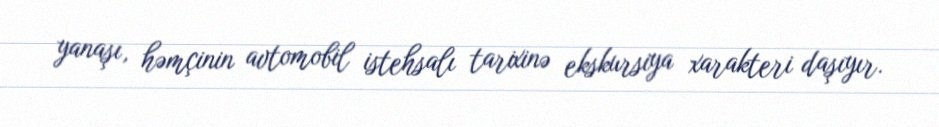
yanaşı, həmçinin avtomobil istehsalı tarixinə ekskursiya xarakteri daşıyır.